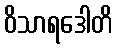
ဝိသာရဒေါတိ